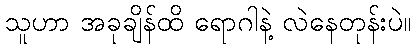
သူဟာ အခုချိန်ထိ ရောဂါနဲ့ လဲနေတုန်းပဲ။